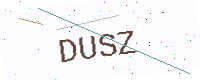
Text: DUSZ